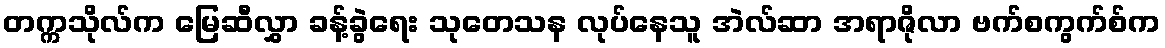
တက္ကသိုလ်က မြေဆီလွှာ ခန့်ခွဲရေး သုတေသန လုပ်နေသူ အဲလ်ဆာ အရာဇိုလာ ဗက်စကွက်စ်က